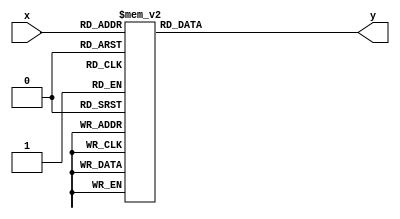
module hex15(x, y);
	input [3:0]x;
	output reg [6:0]y;
	
	always @(*) begin
		case(x) 
			4'b0000:y = 7'b1000000;
			4'b0001:y = 7'b1111001;
			4'b0010:y = 7'b0100100;
			4'b0011:y = 7'b0110000;
			4'b0100:y = 7'b0011001;
			4'b0101:y = 7'b0010010;
			4'b0110:y = 7'b0000010;
			4'b0111:y = 7'b1111000;
			4'b1000:y = 7'b0000000;
			4'b1001:y = 7'b0010000;
			4'b1010:y = 7'b0001000;
			4'b1011:y = 7'b0000011;
			4'b1100:y = 7'b1000110;
			4'b1101:y = 7'b0100001;
			4'b1110:y = 7'b0000110;
			4'b1111:y = 7'b0001110;
			default: y = 7'b1111111;
		endcase 
	end
	/*
		assign y[0] = (~x[3]&x[2]&~x[1]&~x[0])|(~x[3]&~x[2]&~x[1]&x[0])|(x[3]&x[2]&~x[1]&x[0])|(x[3]&~x[2]&x[1]&x[0]);
		assign y[1] = (~x[3]&x[2]&~x[1]&x[0])|(x[3]&x[2]&~x[0])|(x[3]&x[2]&x[1])|(x[2]&x[1]&~x[0])|(x[3]&x[1]&x[0]);
		assign y[2] = (~x[3]&~x[2]&x[1]&~x[0])|(x[3]&x[2]&~x[0])|(x[3]&x[2]&x[1]);
		assign y[3] = (~x[3]&~x[2]&~x[1]&x[0])|(x[2]&x[1]&x[0])|(x[3]&~x[2]&x[1]&~x[0])|(~x[3]&x[2]&~x[1]&~x[0]);
		assign y[4] = (~x[3]&x[2]&~x[1])|(~x[3]&x[0])|(x[3]&~x[2]&~x[1]&x[0]);
		assign y[5] = (~x[3]&~x[2]&(x[0]|x[1]))|(~x[3]&x[1]&x[0])|(x[3]&x[2]&~x[1]&x[0]);
		assign y[6] = (~x[3]&~x[2]&~x[1])|(x[3]&x[2]&~x[1]&~x[0])|(~x[3]&x[2]&x[1]&x[0]);
	*/
endmodule